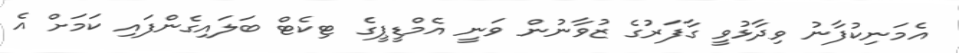
އެމަނިކުފާނު ވިދާޅުވީ ގާފަރުގެ ޒުވާނުން ވަނީ އެމްޑީޕީގެ ޓިކެޓް ބަލައިގެންފައި ކަމަށް އެ